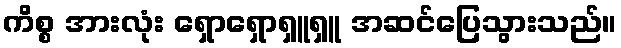
ကိစ္စ အားလုံး ရှောရှောရှူရှူ အဆင်ပြေသွားသည်။